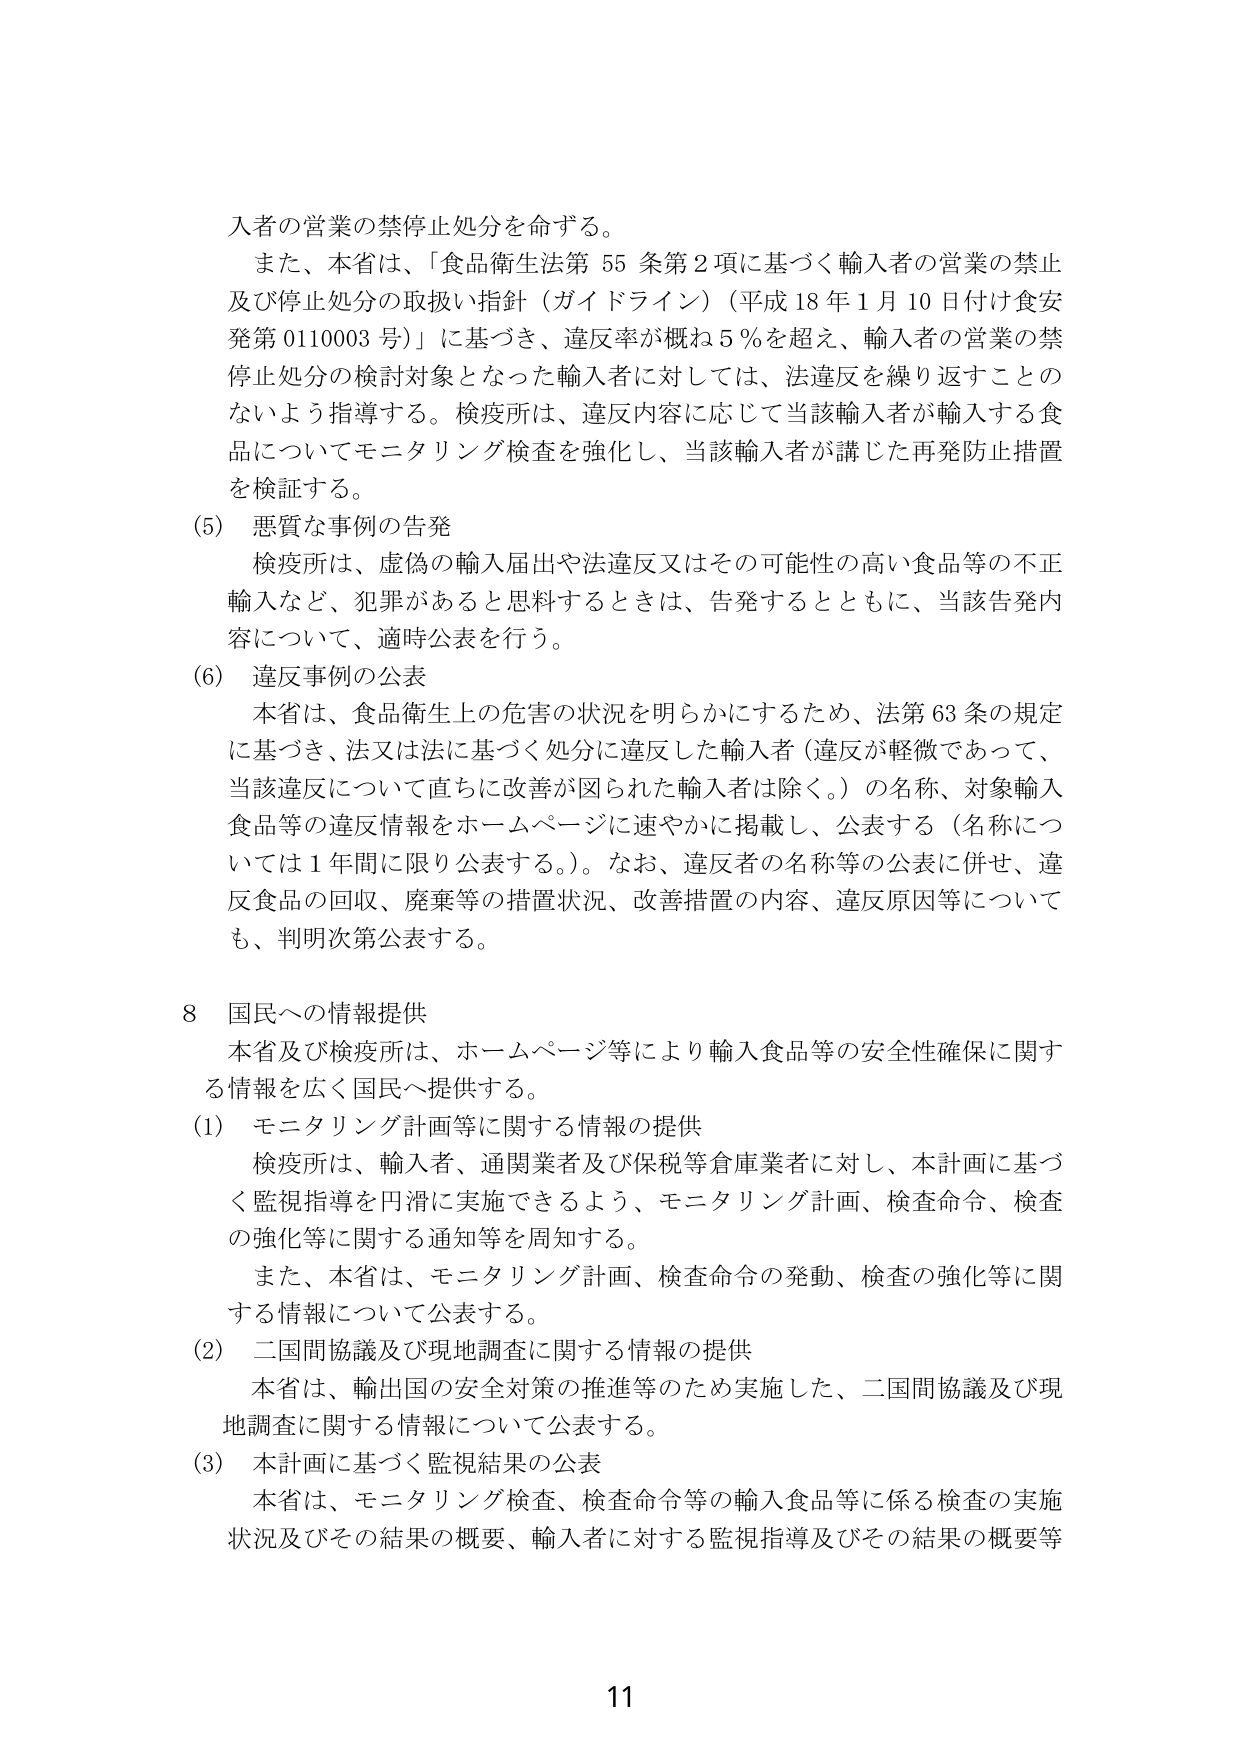
入者の営業の禁止処分を命ずる。

また、本省は、「食品衛生法第55条第2項に基づく輸入者の営業の禁止及び停止処分の取扱い指針（ガイドライン）（平成18年1月10日付け食安発第0110003号）」に基づき、違反率が概ね5％を超え、輸入者の営業の禁止処分の検討対象となった輸入者に対しては、法違反を繰り返すことのないよう指導する。検疫所は、違反内容に応じて当該輸入者が輸入する食品についてモニタリング検査を強化し、当該輸入者が講じた再発防止措置を検証する。

(5) 悪質な事例の告発
検疫所は、虚偽の輸入届出や法違反又はその可能性の高い食品等の不正輸入など、犯罪があると思料するときは、告発するとともに、当該告発内容について、適時公表を行う。

(6) 違反事例の公表
本省は、食品衛生上の危害の状況を明らかにするため、法第63条の規定に基づき、法又は法に基づく処分に違反した輸入者（違反が軽微であって、当該違反について直ちに改善が図られた輸入者は除く。）の名称、対象輸入食品等の違反情報をホームページに速やかに掲載し、公表する（名称については1年間に限り公表する。）。なお、違反者の名称等の公表に併せ、違反食品の回収、廃棄等の措置状況、改善措置の内容、違反原因等についても、判明次第公表する。

8 国民への情報提供
本省及び検疫所は、ホームページ等により輸入食品等の安全性確保に関する情報を広く国民へ提供する。

(1) モニタリング計画等に関する情報の提供
検疫所は、輸入者、通関業者及び保税等倉庫業者に対し、本計画に基づく監視指導を円滑に実施できるよう、モニタリング計画、検査命令、検査の強化等に関する通知等を周知する。
また、本省は、モニタリング計画、検査命令の発動、検査の強化等に関する情報について公表する。

(2) 二国間協議及び現地調査に関する情報の提供
本省は、輸出国の安全対策の推進等のため実施した、二国間協議及び現地調査に関する情報について公表する。

(3) 本計画に基づく監視結果の公表
本省は、モニタリング検査、検査命令等の輸入食品等に係る検査の実施状況及びその結果の概要、輸入者に対する監視指導及びその結果の概要等

11